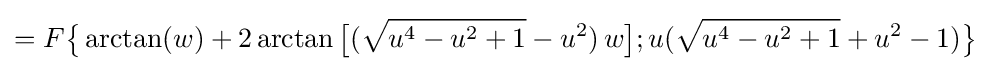
=F{\bigl \{}\arctan(w)+2\arctan {\bigl [}({\sqrt {u^{4}-u^{2}+1}}-u^{2})\,w{\bigr ]};u({\sqrt {u^{4}-u^{2}+1}}+u^{2}-1){\bigr \}}